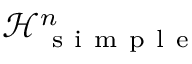
\mathcal H _ { \mathrm { ~ s ~ i ~ m ~ p ~ l ~ e ~ } } ^ { n }